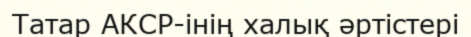
Татар АКСР-інің халық әртістері